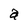
Character: a